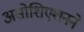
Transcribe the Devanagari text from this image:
असोशिएशनने